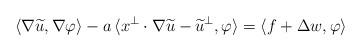
LaTeX: \begin{align*}\langle\nabla\widetilde u, \nabla\varphi\rangle-a\,\langle x^\perp\cdot\nabla\widetilde u-\widetilde u^\perp, \varphi\rangle=\langle f+\Delta w, \varphi\rangle\end{align*}